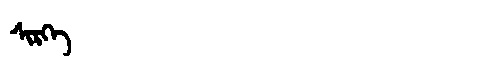
Manchu: ᠰᡳᡵᡴᡝ
Romanization: SIRKE